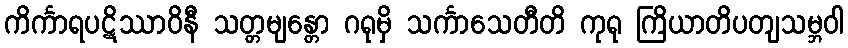
ကိင်္ကာရပဋိဿာဝိနီ သတ္တမျန္တော ဂရုမှိ သင်္ကာသေတီတိ ကုရု ကြိယာတိပတျသမ္ဘဝါ